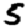
Digit: 5